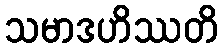
သမာဒဟိဿတိ